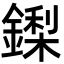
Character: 鏫